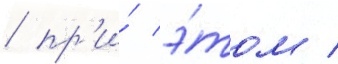
/ пр'и́ э́том /